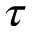
\tau